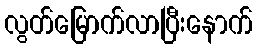
လွတ်မြောက်လာပြီးနောက်